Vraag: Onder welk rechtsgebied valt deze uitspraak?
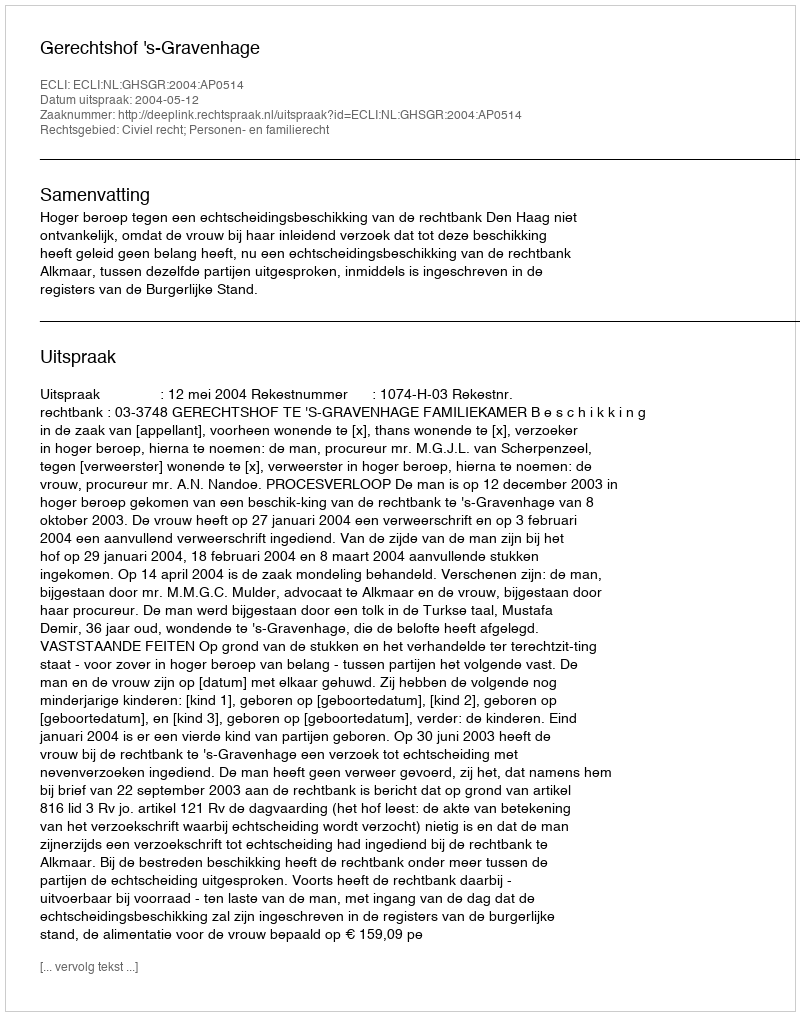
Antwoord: Civiel recht; Personen- en familierecht